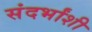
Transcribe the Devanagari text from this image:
संदर्भांशी